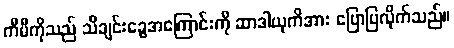
ကီမီကိုသည် သီချင်းခွေအကြောင်းကို ဆာဒါယုကိအား ပြောပြလိုက်သည်။